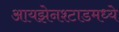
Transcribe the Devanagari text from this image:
आयझेनश्टाडमध्ये